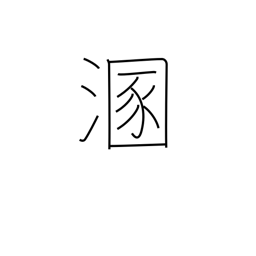
Meaning: get muddy